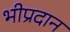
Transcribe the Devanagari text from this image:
भीप्रदान